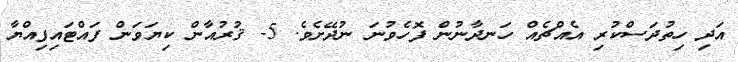
އަދި ހިތުދަސްކުރި އެއްޗެއް ހަނދާނުން ފޮހެވުނަ ނުދޭށެވެ. 5- ޤުރުއާން ކިޔަވަން ފައްޓައިފިއްޔާ